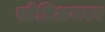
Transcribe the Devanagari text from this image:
स्टेडिअमवर